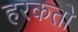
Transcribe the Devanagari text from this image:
हरकतो